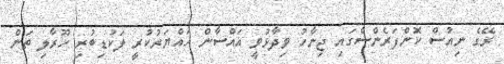
ރޭގެ ނިއުސް ކޮންފަރެންސްގައި ޖިނާހު ވިދާޅުވީ ޣައްސާން ހައްޔަރުކުރީ ލަކުޑިބުރި ހޫރާލި ތަން